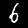
Label: 6